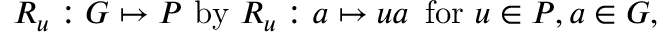
R _ { u } : G \mapsto P \mathrm { ~ b y ~ } R _ { u } : a \mapsto u a \, \mathrm { ~ f o r ~ } u \in P , a \in G ,